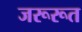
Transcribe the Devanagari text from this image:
जरूरूत